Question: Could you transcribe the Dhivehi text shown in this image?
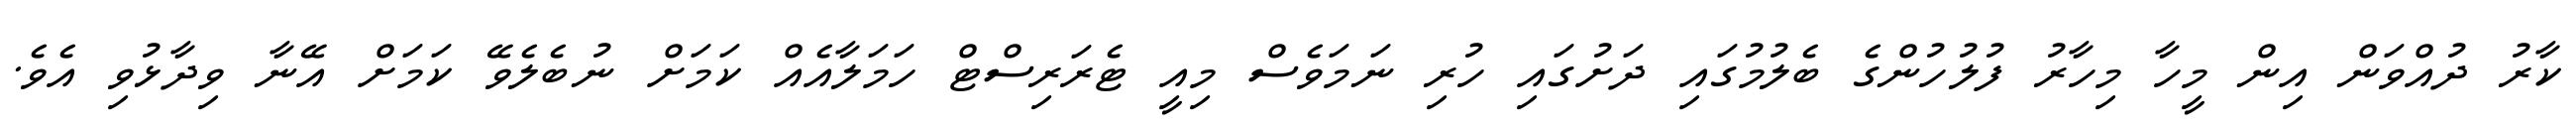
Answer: ކާރު ދުއްވަން އިން މީހާ މިހާރު ފުލުހުންގެ ބެލުމުގައި ދަށުގައި ހުރި ނަމަވެސް މިއީ ޓެރަރިސްޓް ހަމަލާއެއް ކަމަށް ނުބެލެވޭ ކަމަށް އޭނާ ވިދާޅުވި އެވެ.